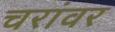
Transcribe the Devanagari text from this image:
चरांवर